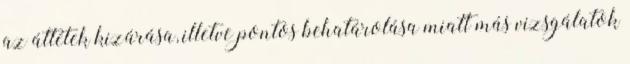
az áttétek kizárása, illetve pontos behatárolása miatt más vizsgálatok